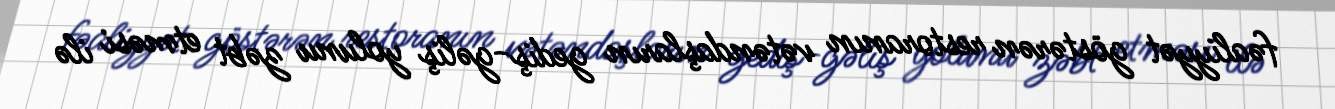
fəaliyyət göstərən restoranın vətəndaşların gediş-gəliş yolunu zəbt etməsi ilə